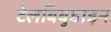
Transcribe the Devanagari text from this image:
टेलबिवुडाइन